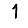
Digit: 1